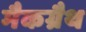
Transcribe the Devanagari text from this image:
मैकग्रैथ